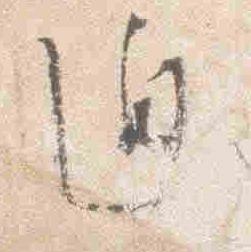
通